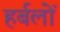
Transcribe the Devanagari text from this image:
हर्बलों